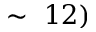
\sim ~ 1 2 )